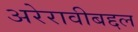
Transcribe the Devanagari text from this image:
अरेरावीबद्दल